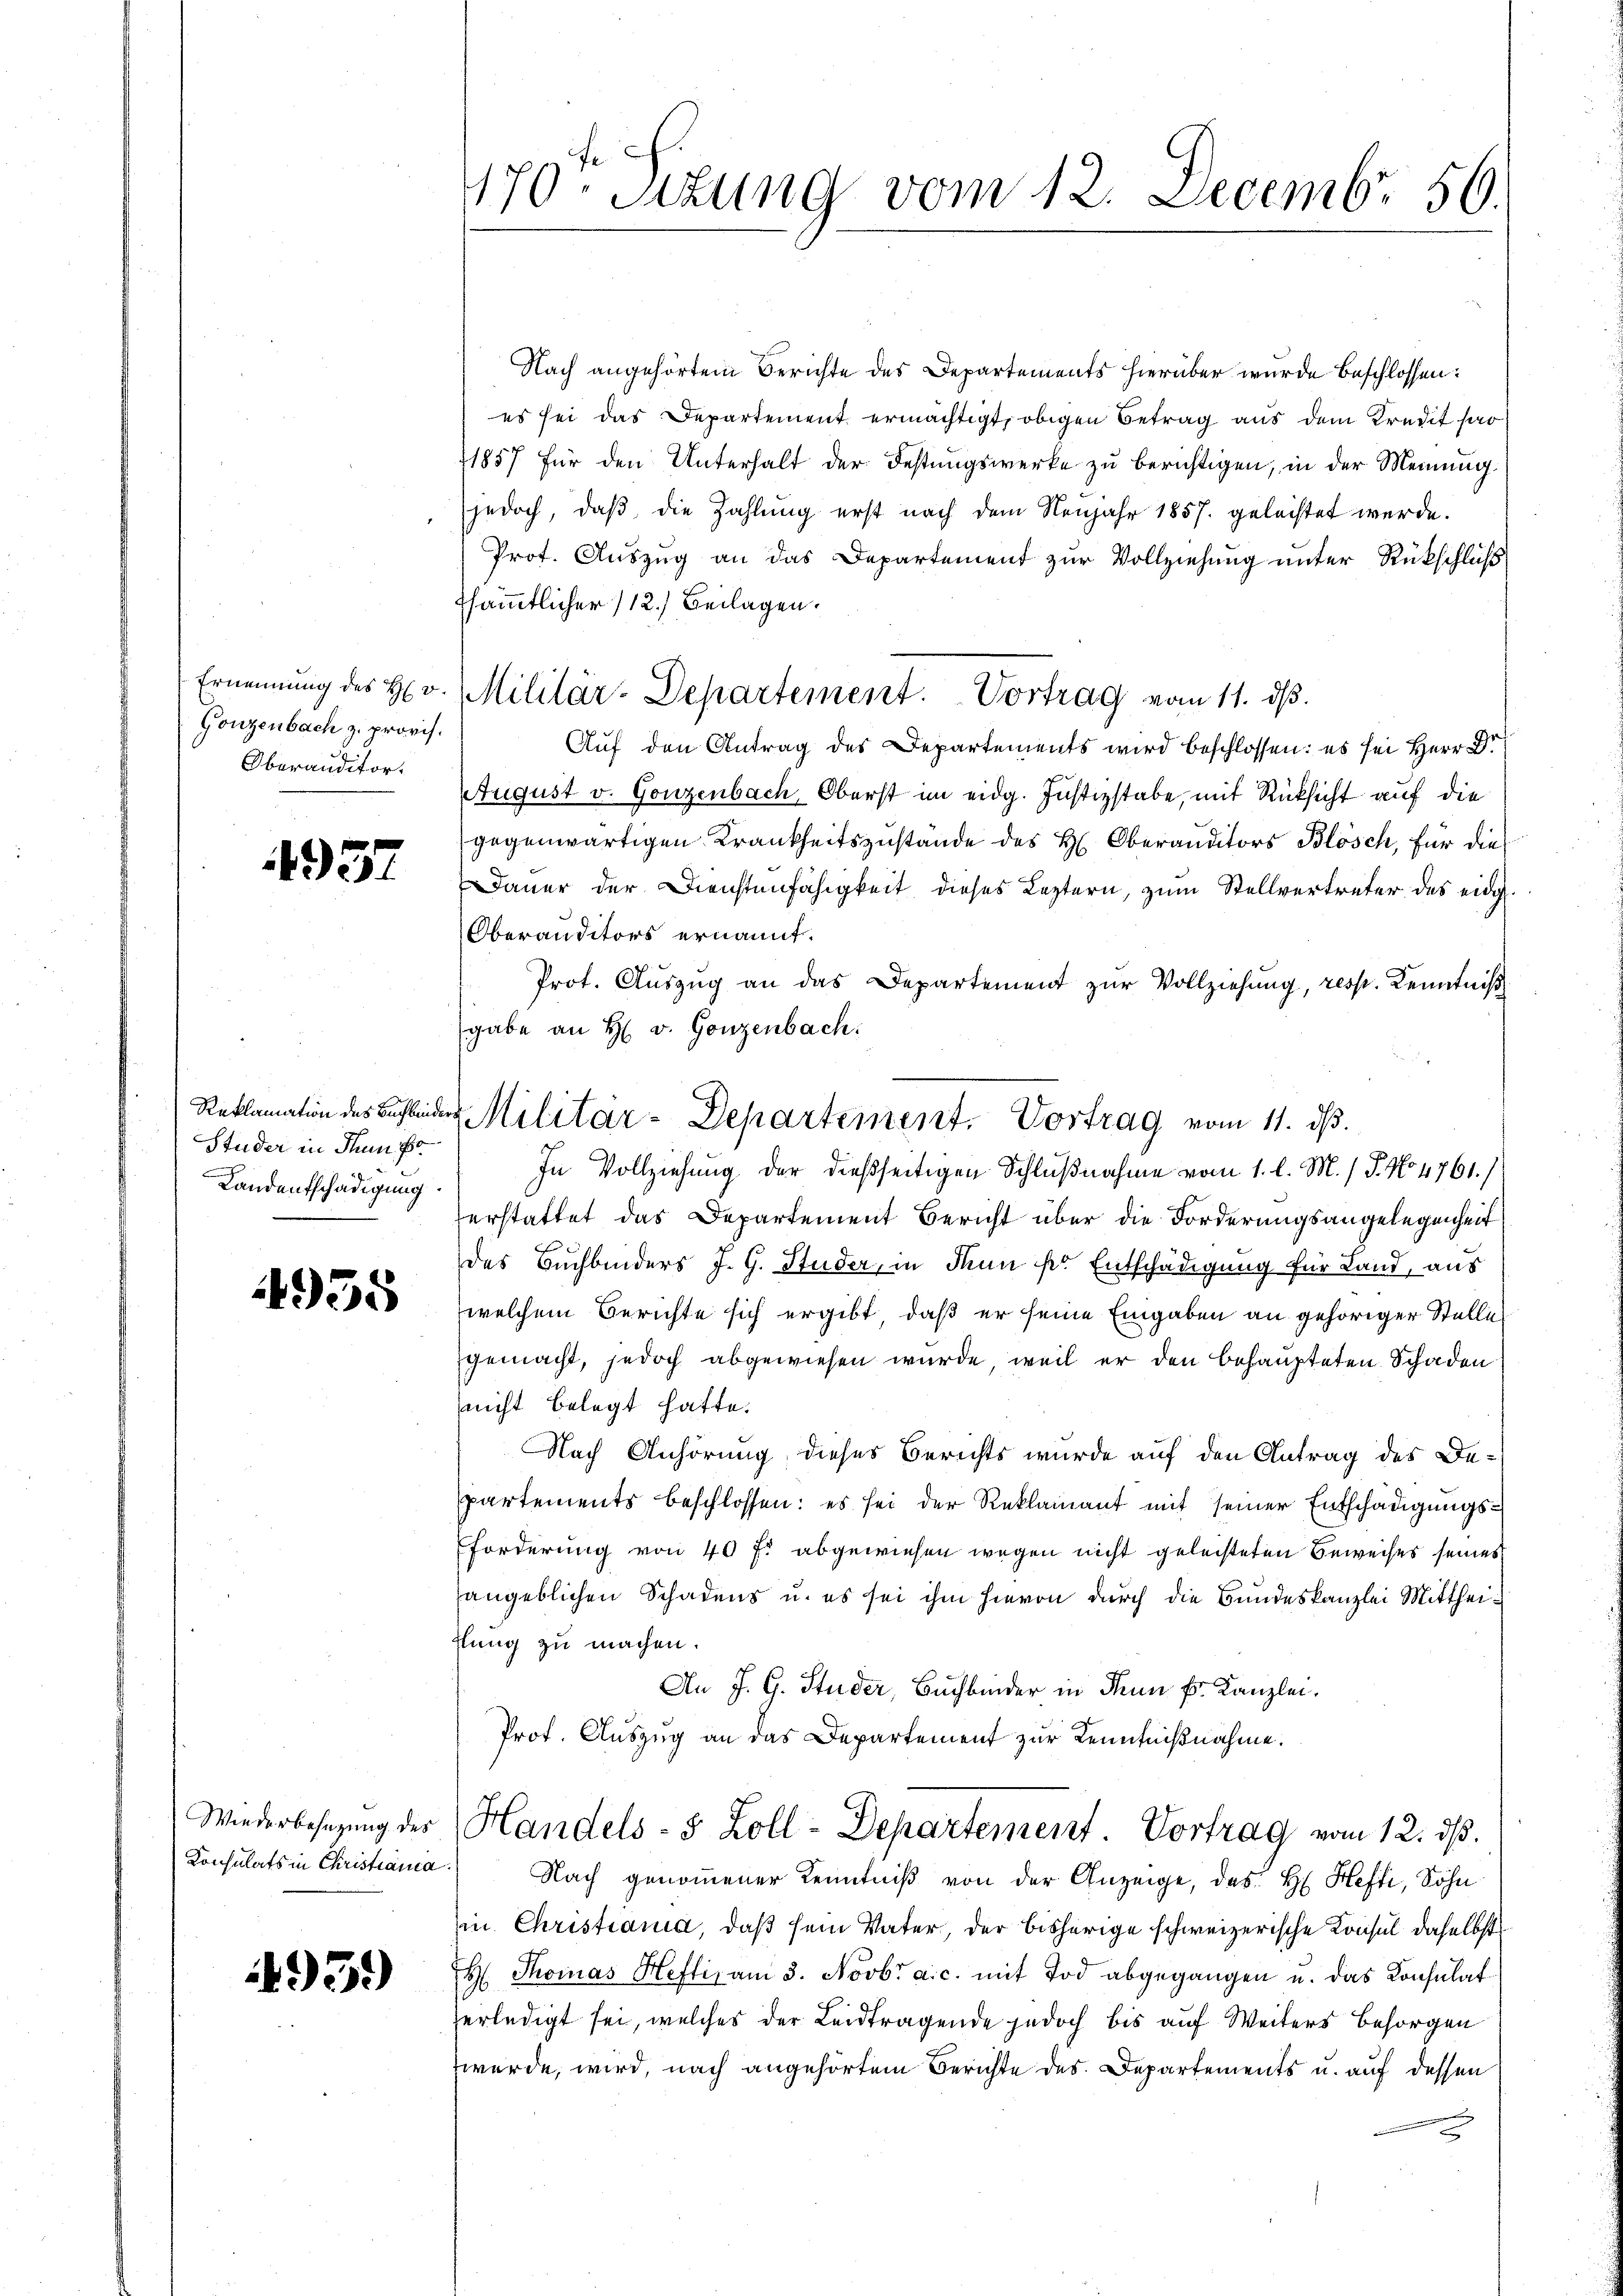
Gonzenbach z. provis.
Oberauditor

1937

Studer in Thun fo
Landentschädigung

4955

Konsulats in Christianca.

4959)

Nach angehörtem Berichte des Departements hierüber wurde beschlossen:
es sei das Departement ermächtigt, obigen Betrag aus dem Kredit har
11857 für den Unterhalt der Festungswerke zu berichtigen, in der Meinung.
jedoch, daß die Zahlung erst nach dem Neujahr 1857. geleistet werde.
Prot. Auszug an das Departement zur Vollziehung unter Rückschluß
Esämmtlicher /12.) Beilagen.
Ernennung des H. v. Militär-Departement. Vortrag vom 11. dβ.
Auf den Antrag des Departements wird beschlossen: es sei Herr Dr.
August v. Gonzenbach, Oberst im eidg. Justizstabe, mit Rücksicht auf die
gegenwärtigen Krankheitszustände des H: Oberanditors Blösch, für die
Dauer der Dienstenfähigkeit dieses Leztern, zum Stellvertreter des eidg.
Oberanditors ernannt.
Prot. Aŭszŭg an das Departement zŭr Vollziehung, resp. Kenntniß
gabe an H. v. Gonzenbach.
In Vollziehung der dießseitigen Schlußnahme vom 1. l. M. / P. No 4761.)
erstattet das Departement Bericht über die Forderungsangelegenheit
des Buchbinders J. G. Studer, in denn pr Entschädigung für Land, aus
welchem Berichte sich ergibt, daß er seine Eingaben an gehöriger Stelle
gemacht, jedoch abgewiesen wurde, weil er den behaupteten Schaden
nicht belegt hatte.
Nach Anhörung dieses Berichts wurde auf den Antrag des Departements beschlossen: es sei der Reklamant mit seiner Entschädigungs¬
Forderung von 40 f: abgewiesen wegen nicht geleisteten Beweises seines
sangeblichen Schadens u. es sei ihm hievon durch die Bundeskanzlei Mittheiflung zu machen.
An J. G. Studer, Buchbinder in den Fr. Kanzlei.
Prof. Auszug an das Departement zur Kenntnißnahme.
Wiederbesetzŭng der Handels- & Zoll-Departement. Vortrag vom 12. dβ.
Nach genommener Kenntniβ von der Anzeige, das H. Hefti, Sohn
in Christiania, daß sein Vater, der bisherige schweizerische Konsul daselbst
H Thomas Heftiz am 3. Novbr a.c. mit Tod abgegangen u. das Konsulat
erledigt sei, welches der Leitragende jedoch bis auf Weiters besorgen
werde, wird, nach angehörtem Berichte des Departements u. auf dessen
u

470sten Sizung vom 12. Decembr 50.

Reklamation des Begleiders Militär-Departement. Vortrag vom 11. ds.